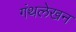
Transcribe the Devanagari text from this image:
गंथलेखन